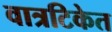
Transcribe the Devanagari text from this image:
वात्रटिकेत